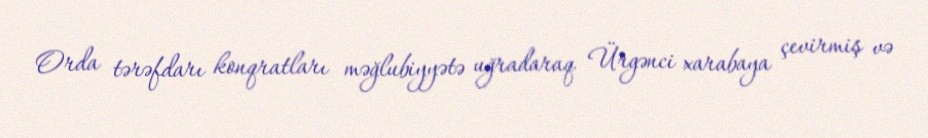
Orda tərəfdarı konqratları məğlubiyyətə uğradaraq Ürgənci xarabaya çevirmiş və